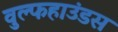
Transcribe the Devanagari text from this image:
वुल्फहाउंडस